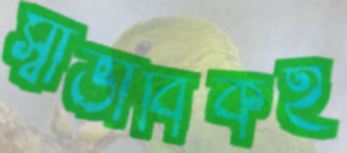
স্বাভাবিকই